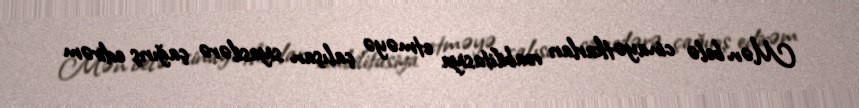
Mən belə cinayətkarları reabilitasiya etməyə çalışan siyasilərə çağırış edirəm